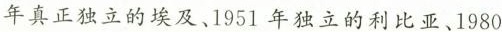
年真正独立的埃及、1951年独立的利比亚、1980